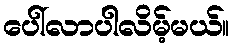
ပေါ်လာပါလိမ့်မယ်။